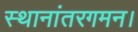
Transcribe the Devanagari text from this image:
स्थानांतरगमन।